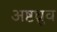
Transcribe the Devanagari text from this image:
अष्टध्रुव